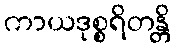
ကာယဒုစ္စရိတန္တိ